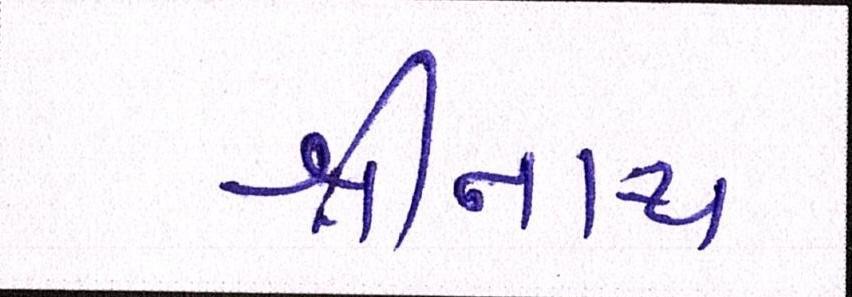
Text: શ્રીનાથ